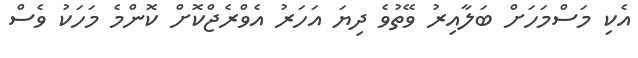
އެކި މަސްމަހަށް ބަލާއިރު ވޭތުވެ ދިޔަ އަހަރު އެވްރެޖްކޮށް ކޮންމެ މަހަކު ވެސް